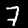
Digit: 7